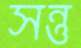
সন্তু